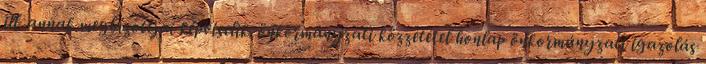
ill. annak megbízottjai képviselik. önkormányzati közzététel honlap önkormányzati igazolás